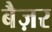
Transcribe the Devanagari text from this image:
बैज़र